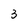
Character: 3